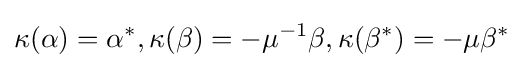
\kappa (\alpha )=\alpha ^{*},\kappa (\beta )=-\mu ^{-1}\beta ,\kappa (\beta ^{*})=-\mu \beta ^{*}